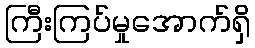
ကြီးကြပ်မှုအောက်ရှိ